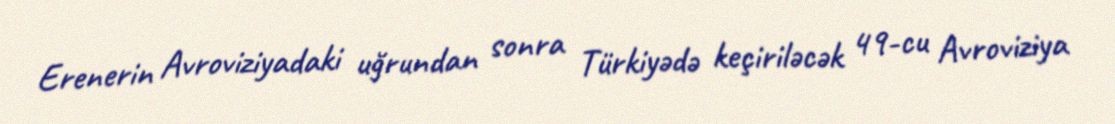
Erenerin Avroviziyadaki uğrundan sonra Türkiyədə keçiriləcək 49-cu Avroviziya